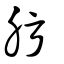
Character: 肟